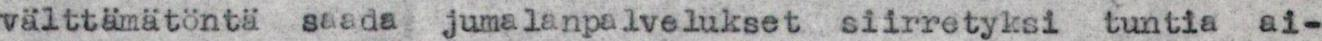
välttämätöntä  saada jumalanpalvelukset siirretyksi tuntia  ai-